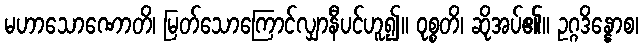
မဟာသောဏောတိ၊ မြတ်သောကြောင်လျှာနီပင်ဟူ၍။ ဝုစ္စတိ၊ ဆိုအပ်၏။ ဥဂ္ဂဒိန္နောစ၊